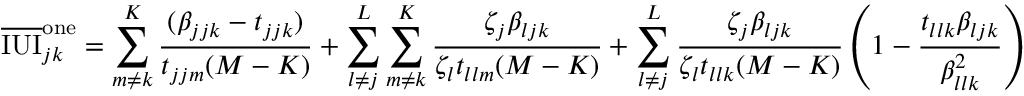
\overline { { \mathrm { I U I } } } _ { j k } ^ { \mathrm { o n e } } = \sum _ { m \neq k } ^ { K } \frac { ( \beta _ { j j k } - t _ { j j k } ) } { t _ { j j m } ( M - K ) } + \sum _ { l \neq j } ^ { L } \sum _ { m \neq k } ^ { K } \frac { \zeta _ { j } \beta _ { l j k } } { \zeta _ { l } t _ { l l m } ( M - K ) } + \sum _ { l \neq j } ^ { L } \frac { \zeta _ { j } \beta _ { l j k } } { \zeta _ { l } t _ { l l k } ( M - K ) } \left( 1 - \frac { t _ { l l k } \beta _ { l j k } } { \beta _ { l l k } ^ { 2 } } \right)